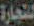
للتجارة